Newspaper: The Anderson intelligencer. [volume]
Place of publication: Anderson Court House, S.C.
Publisher: J.C.C. Featherston and James A. Hoyt
Date: 1860-10-04 00:00:00
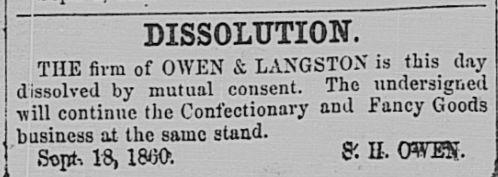
Advertisement text (OCR):
DISSOLUTION. THE firm of OWEN & LANGSTON is this day dissolved by mutual consent. The undersigned j will continue the Confectionary and Fancy Goods business at the same stand. _ 18, 1800. ft II- OWES,
Label: text-only